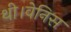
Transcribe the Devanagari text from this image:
थी।वेनिस